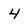
Character: 4